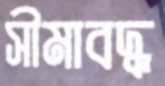
সীমাবদ্ধ